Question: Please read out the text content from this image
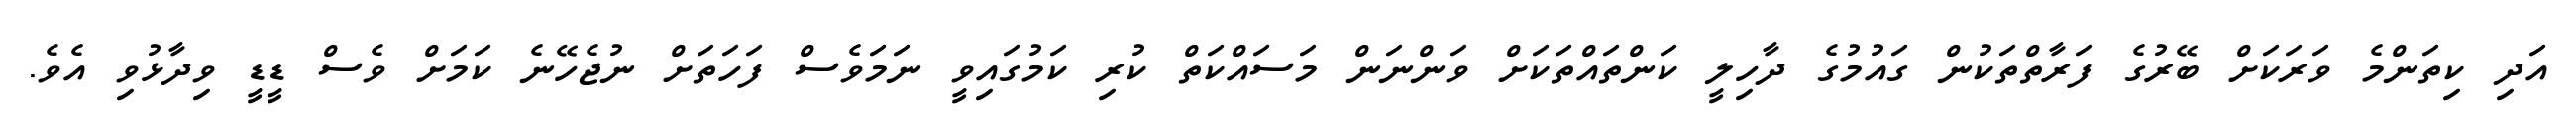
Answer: އަދި ކިތަންމެ ވަރަކަށް ބޭރުގެ ފަރާތްތަކުން ގައުމުގެ ދާހިލީ ކަންތައްތަކަށް ވަންނަން މަސައްކަތް ކުރި ކަމުގައިވީ ނަމަވެސް ފަހަތަށް ނުޖެހޭނެ ކަމަށް ވެސް ޑީޑީ ވިދާޅުވި އެވެ.